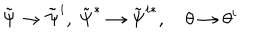
\tilde { \Psi } \rightarrow \tilde { \Psi } ^ { i } , \ \tilde { \Psi } ^ { * } \rightarrow \tilde { \Psi } ^ { i * } , \quad \theta \rightarrow \theta ^ { i }